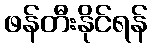
ဖန်တီးနိုင်ရန်